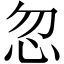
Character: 忽